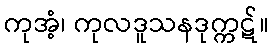
ကုအံ့၊ ကုလဒူသနဒုက္ကဋ်။